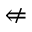
\nLeftarrow